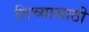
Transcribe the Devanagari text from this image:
त्तिच्यासाठी